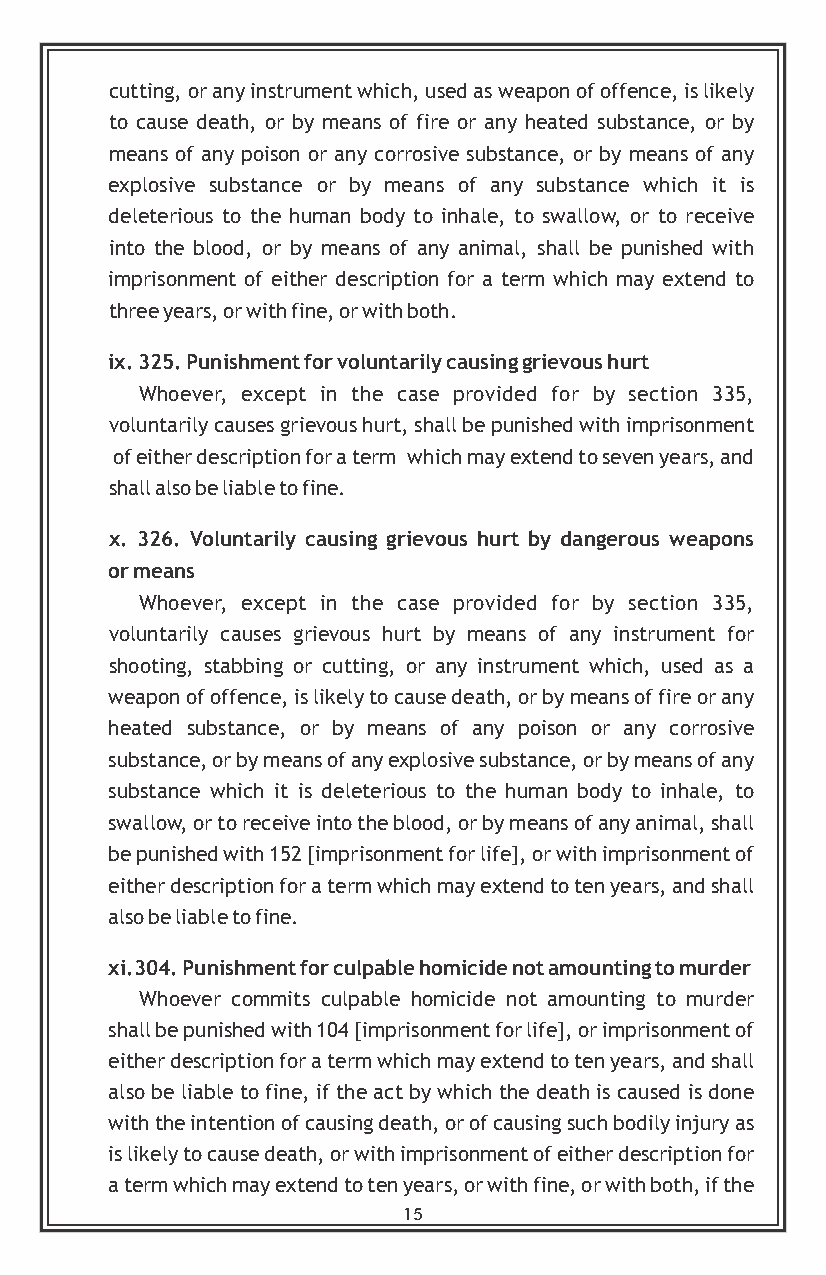
cutting, or any instrument which, used as weapon of offence, is likely
 to cause death, or by means of fire or any heated substance, or by
 means of any poison or any corrosive substance, or by means of any
 explosive substance or by means of any substance which it is
 deleterious to the human body to inhale, to swallow, or to receive
 into the blood, or by means of any animal, shall be punished with
 imprisonment of either description for a term which may extend to
 three years, or with fine, or with both.
 ix. 325. Punishment for voluntarily causing grievous hurt
 Whoever, except in the case provided for by section 335,
 voluntarily causes grievous hurt, shall be punished with imprisonment
 of either description for a term which may extend to seven years, and
 shall also be liable to fine.
 x. 326. Voluntarily causing grievous hurt by dangerous weapons
 or means
 Whoever, except in the case provided for by section 335,
 voluntarily causes grievous hurt by means of any instrument for
 shooting, stabbing or cutting, or any instrument which, used as a
 weapon of offence, is likely to cause death, or by means of fire or any
 heated substance, or by means of any poison or any corrosive
 substance, or by means of any explosive substance, or by means of any
 substance which it is deleterious to the human body to inhale, to
 swallow, or to receive into the blood, or by means of any animal, shall
 be punished with 152 [imprisonment for life], or with imprisonment of
 either description for a term which may extend to ten years, and shall
 also be liable to fine.
 xi.304. Punishment for culpable homicide not amounting to murder
 Whoever commits culpable homicide not amounting to murder
 shall be punished with 104 [imprisonment for life], or imprisonment of
 either description for a term which may extend to ten years, and shall
 also be liable to fine, if the act by which the death is caused is done
 with the intention of causing death, or of causing such bodily injury as
 is likely to cause death, or with imprisonment of either description for
 a term which may extend to ten years, or with fine, or with both, if the
 15